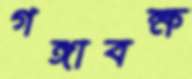
গঙ্গাবক্ষ